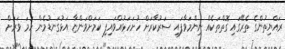
ރައްޔިތުންގެ ތެރޭގައި ގޮތްތަކެއް ނިންމަވާފައި ސަރުކާރަށް ހުށަހަޅުއްވައިފި ކަމަށްވަންޏާ އަޅުގަނޑުމެން ހަމަ ވަރަށް